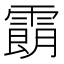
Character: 𩄹